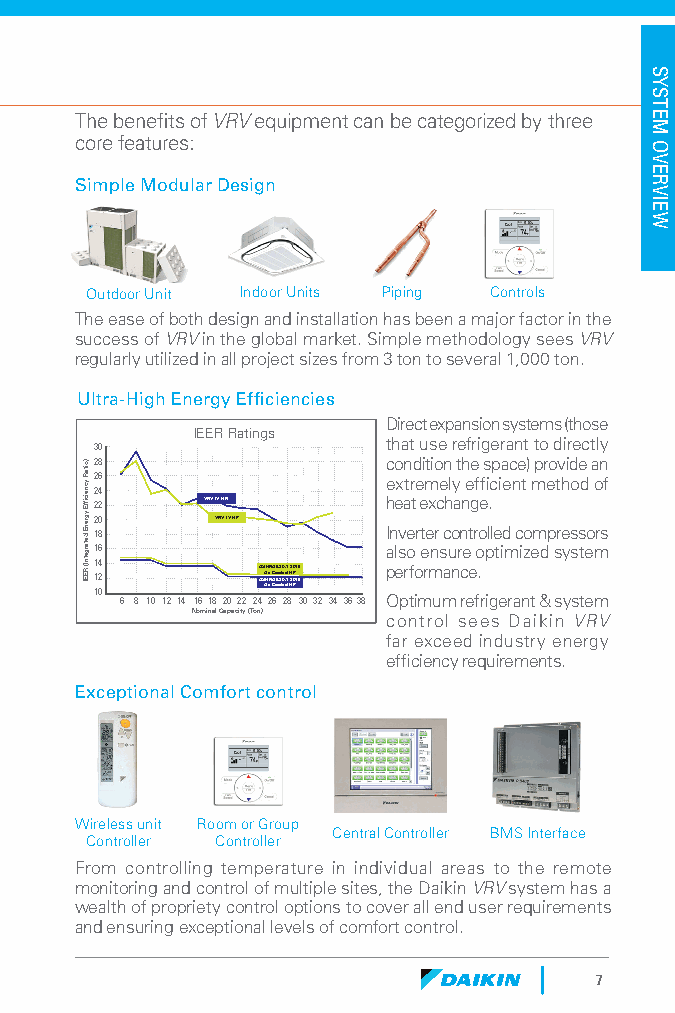
The benefits of VRV equipment can be categorized by three
 core features:
 Simple Modular Design
 Outdoor Unit Indoor Units Piping Controls
 The ease of both design and installation has been a major factor in the
 success of VRV in the global market. Simple methodology sees VRV
 regularly utilized in all project sizes from 3 ton to several 1,000 ton.
 Ultra-High Energy Efficiencies
 Direct expansion systems (those
 IEER Ratings
 that use refrigerant to directly
 30
 )oitaR
 ycneicfifE
 ygrenE
 detargetnI(
 REEI2
 2
 2
 2
 2
 1
 1
 1 1
 18
 6
 4
 2
 0
 8
 6
 4 2
 0
 VRV VIV
 R
 H VR
 IV HP
 AA SS AA HH ii rRrR CACA oo EE oo 99 ll e0e0 d.d. 11 HH 22 PP 00 11 66
 c
 e
 h
 I
 a
 pno
 le
 ex
 svn
 a
 rt
 oe
 fr
 td
 oe
 r
 e
 eti rmt
 e
 mx
 nio
 rc
 se
 n
 ach
 ul
 no
 y
 at
 r
 cnh
 n
 ee
 ete
 g
 rf
 o
 .
 oefs
 pi l.c
 lp
 e
 tia
 ie
 d
 mc
 n
 ce
 it
 zo)
 em
 mp dr
 e
 po
 st
 rv
 h
 e
 yid
 s
 soe
 s
 td
 eo
 a
 mo
 rn
 sf
 6 8 10 12 14 16 18 20 22 24 26 28 30 32 34 36 38 Optimum refrigerant & system
 Nominal Capacity (Ton) control sees Daikin VRV
 far exceed industry energy
 efficiency requirements.
 Exceptional Comfort control
 Wireless unit Room or Group
 Central Controller BMS Interface
 Controller Controller
 From controlling temperature in individual areas to the remote
 monitoring and control of multiple sites, the Daikin VRV system has a
 wealth of propriety control options to cover all end user requirements
 and ensuring exceptional levels of comfort control.
 7
 SYSTEM
 OVERVIEW